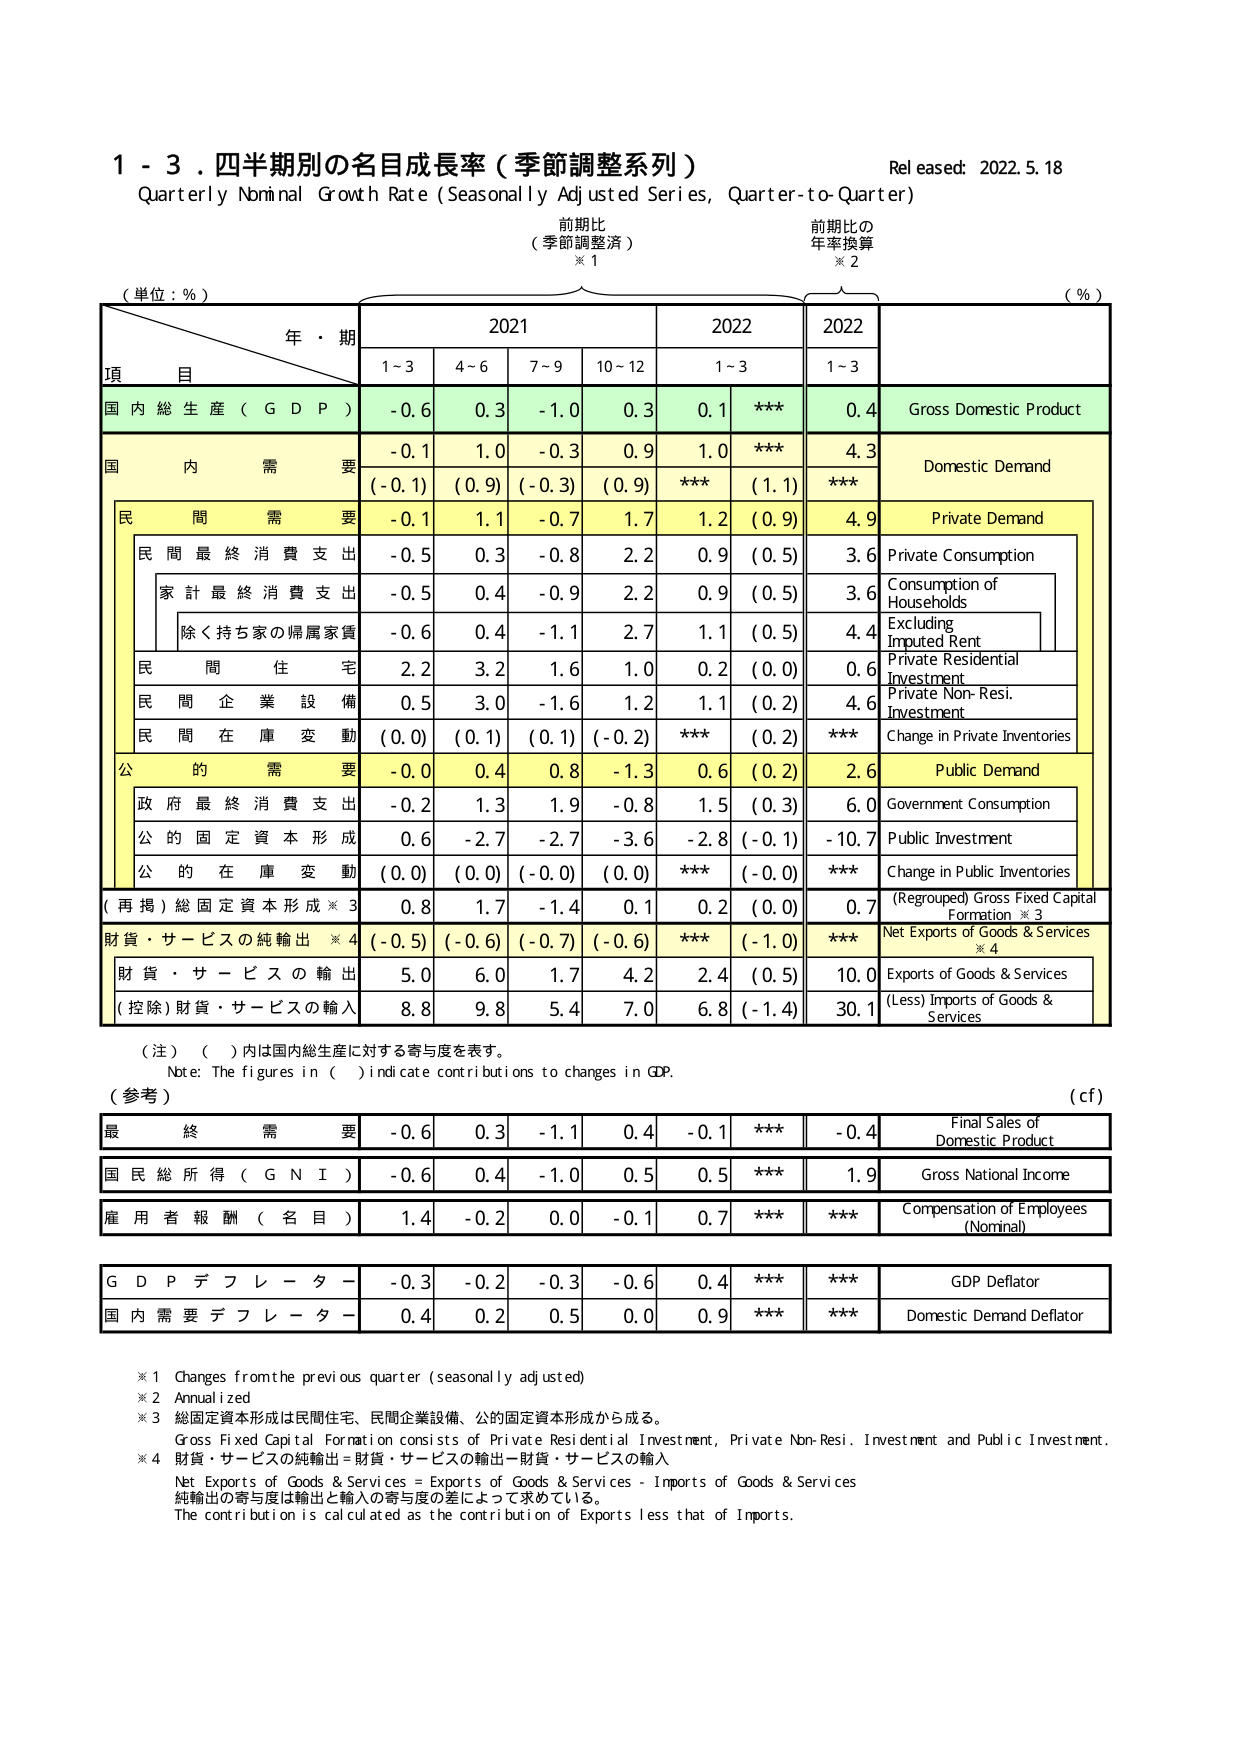
1 - 3. 四半期別の名目成長率（季節調整系列）
Quarterly Nominal Growth Rate (Seasonally Adjusted Series, Quarter-to-Quarter)
Released: 2022.5.18

前期比
（季節調整済）
※1

前期比の
年率換算
※2

（単位：%）

年・期

2021

2022

2022

項
目

1~3

4~6

7~9

10~12

1~3

1~3

（%）

国内総生産（GDP）

-0.6

0.3

-1.0

0.3

0.1

***

0.4

Gross Domestic Product

国内需要

-0.1

1.0

-0.3

0.9

1.0

***

4.3

Domestic Demand

（-0.1）

（0.9）

（-0.3）

（0.9）

***

（1.1）

***

民間需要

-0.1

1.1

-0.7

1.7

1.2

（0.9）

4.9

Private Demand

民間最終消費支出

-0.5

0.3

-0.8

2.2

0.9

（0.5）

3.6

Private Consumption

家計最終消費支出

-0.5

0.4

-0.9

2.2

0.9

（0.5）

3.6

Consumption of Households

除く持ち家の帰属家賃

-0.6

0.4

-1.1

2.7

1.1

（0.5）

4.4

Excluding Imputed Rent

民間住宅

2.2

3.2

1.6

1.0

0.2

（0.0）

0.6

Private Residential Investment

民間企業設備

0.5

3.0

-1.6

1.2

1.1

（0.2）

4.6

Private Non-Resi. Investment

民間在庫変動

（0.0）

（0.1）

（0.1）

（-0.2）

***

（0.2）

***

Change in Private Inventories

公的需要

-0.0

0.4

0.8

-1.3

0.6

（0.2）

2.6

Public Demand

政府最終消費支出

-0.2

1.3

1.9

-0.8

1.5

（0.3）

6.0

Government Consumption

公的固定資本形成

0.6

-2.7

-2.7

-3.6

-2.8

（-0.1）

-10.7

Public Investment

公的在庫変動

（0.0）

（0.0）

（-0.0）

（0.0）

***

（-0.0）

***

Change in Public Inventories

（再掲）総固定資本形成※3

0.8

1.7

-1.4

0.1

0.2

（0.0）

0.7

（Regrouped）Gross Fixed Capital Formation ※3

財貨・サービスの純輸出※4

（-0.5）

（-0.6）

（-0.7）

（-0.6）

***

（-1.0）

***

Net Exports of Goods & Services ※4

財貨・サービスの輸出

5.0

6.0

1.7

4.2

2.4

（0.5）

10.0

Exports of Goods & Services

（控除）財貨・サービスの輸入

8.8

9.8

5.4

7.0

6.8

（-1.4）

30.1

(Less) Imports of Goods & Services

（注）（ ）内は国内総生産に対する寄与度を表す。
Note: The figures in ( ) indicate contributions to changes in GDP.

（参考）

（cf）

最終需要

-0.6

0.3

-1.1

0.4

-0.1

***

-0.4

Final Sales of Domestic Product

国民総所得（GNI）

-0.6

0.4

-1.0

0.5

0.5

***

1.9

Gross National Income

雇用者報酬（名目）

1.4

-0.2

0.0

-0.1

0.7

***

***

Compensation of Employees (Nominal)

GDPデフレーター

-0.3

-0.2

-0.3

-0.6

0.4

***

***

GDP Deflator

国内需要デフレーター

0.4

0.2

0.5

0.0

0.9

***

***

Domestic Demand Deflator

※1 Changes from the previous quarter (seasonally adjusted)
※2 Annualized
※3 総固定資本形成は民間住宅、民間企業設備、公的固定資本形成から成る。
Gross Fixed Capital Formation consists of Private Residential Investment, Private Non-Resi. Investment and Public Investment.
※4 財貨・サービスの純輸出＝財貨・サービスの輸出－財貨・サービスの輸入
Net Exports of Goods & Services = Exports of Goods & Services - Imports of Goods & Services
純輸出の寄与度は輸出と輸入の寄与度の差によって求めている。
The contribution is calculated as the contribution of Exports less that of Imports.